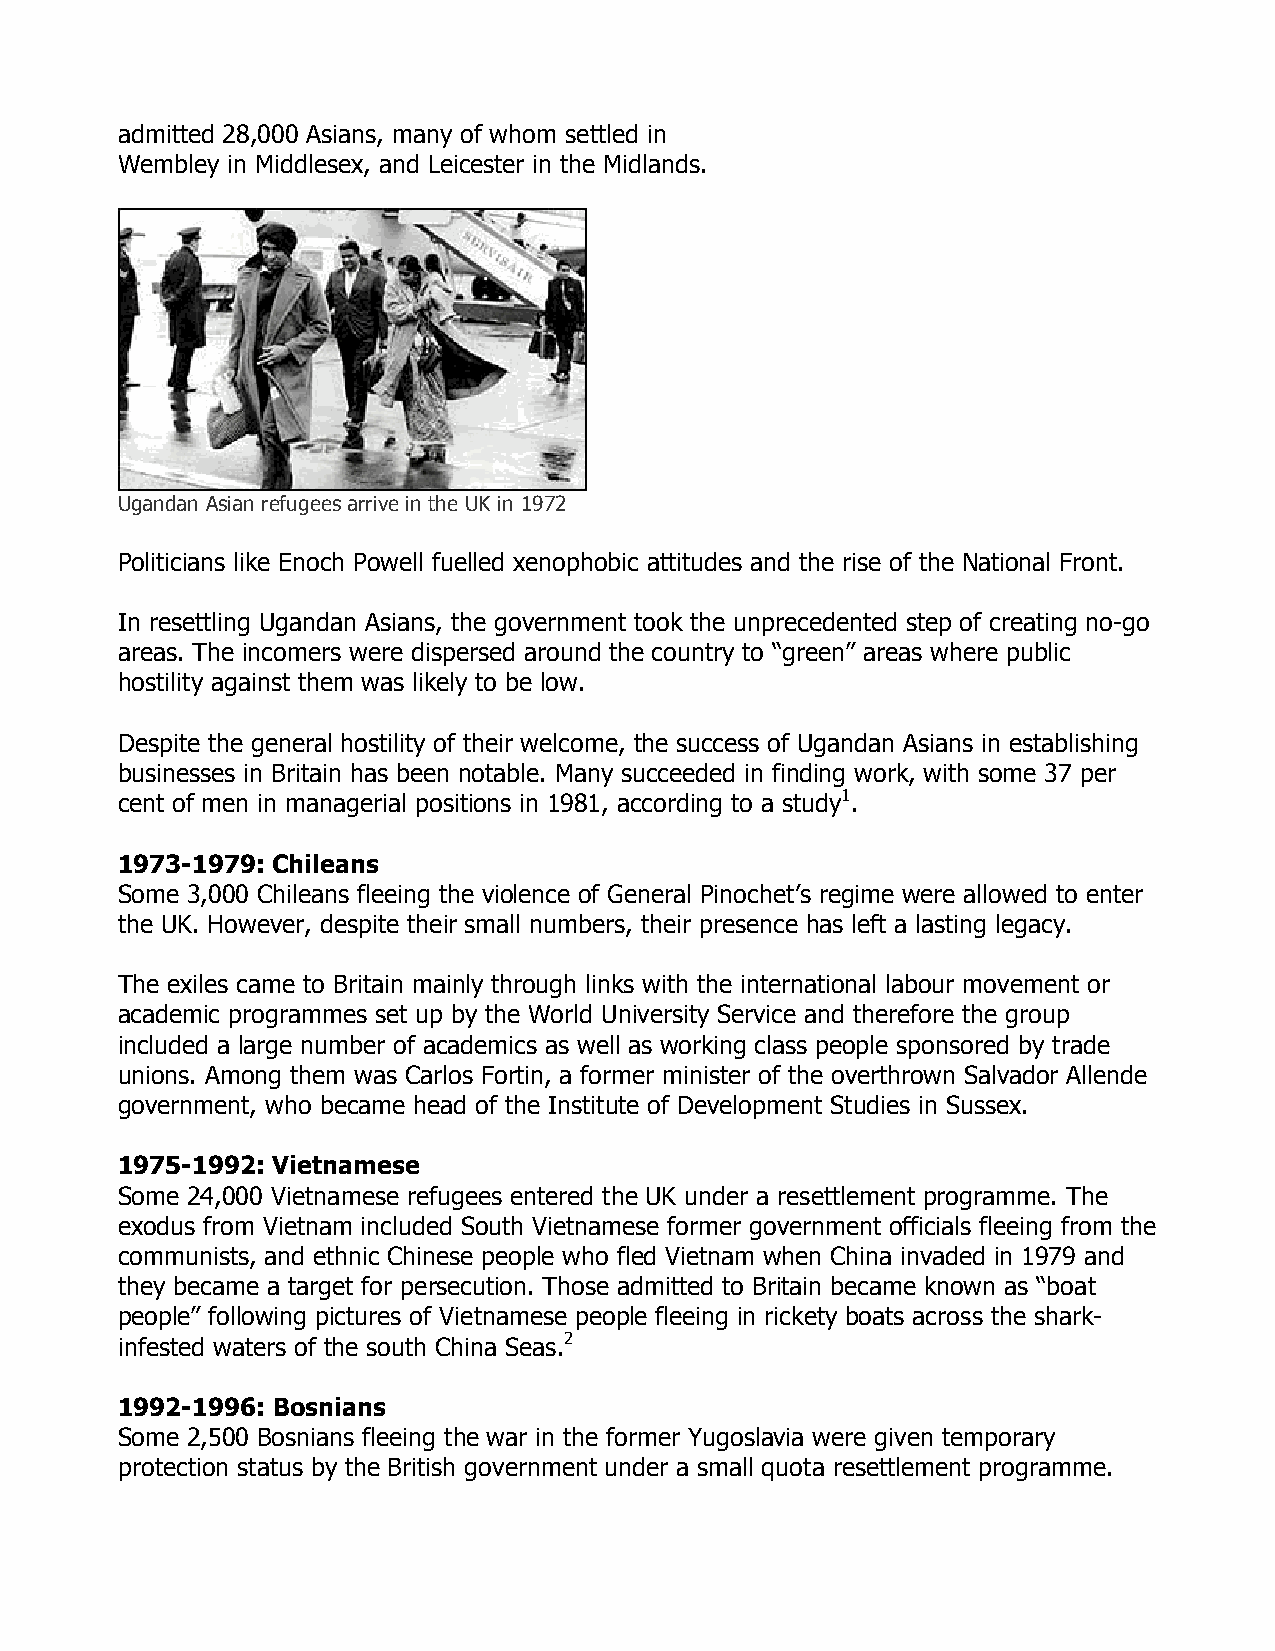
admitted 28,000 Asians, many of whom settled in
 Wembley in Middlesex, and Leicester in the Midlands.
 Ugandan Asian refugees arrive in the UK in 1972
 Politicians like Enoch Powell fuelled xenophobic attitudes and the rise of the National Front.
 In resettling Ugandan Asians, the government took the unprecedented step of creating no-go
 areas. The incomers were dispersed around the country to “green” areas where public
 hostility against them was likely to be low.
 Despite the general hostility of their welcome, the success of Ugandan Asians in establishing
 businesses in Britain has been notable. Many succeeded in finding work, with some 37 per
 cent of men in managerial positions in 1981, according to a study1.
 1973-1979: Chileans
 Some 3,000 Chileans fleeing the violence of General Pinochet’s regime were allowed to enter
 the UK. However, despite their small numbers, their presence has left a lasting legacy.
 The exiles came to Britain mainly through links with the international labour movement or
 academic programmes set up by the World University Service and therefore the group
 included a large number of academics as well as working class people sponsored by trade
 unions. Among them was Carlos Fortin, a former minister of the overthrown Salvador Allende
 government, who became head of the Institute of Development Studies in Sussex.
 1975-1992: Vietnamese
 Some 24,000 Vietnamese refugees entered the UK under a resettlement programme. The
 exodus from Vietnam included South Vietnamese former government officials fleeing from the
 communists, and ethnic Chinese people who fled Vietnam when China invaded in 1979 and
 they became a target for persecution. Those admitted to Britain became known as “boat
 people” following pictures of Vietnamese people fleeing in rickety boats across the shark-
 infested waters of the south China Seas.2
 1992-1996: Bosnians
 Some 2,500 Bosnians fleeing the war in the former Yugoslavia were given temporary
 protection status by the British government under a small quota resettlement programme.